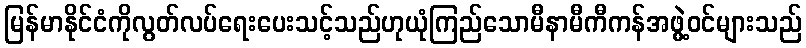
မြန်မာနိုင်ငံကိုလွတ်လပ်ရေးပေးသင့်သည်ဟုယုံကြည်သောမီနာမီကီကန်အဖွဲ့ဝင်များသည်